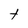
Character: t